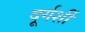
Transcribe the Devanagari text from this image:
दूर्गर्शी